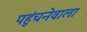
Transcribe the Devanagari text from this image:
पहुंचनेवाला